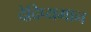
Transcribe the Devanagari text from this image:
देदिप्यमान